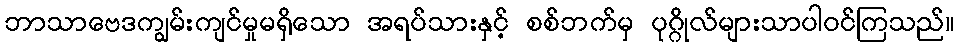
ဘာသာဗေဒကျွမ်းကျင်မှုမရှိသော အရပ်သားနှင့် စစ်ဘက်မှ ပုဂ္ဂိုလ်များသာပါဝင်ကြသည်။